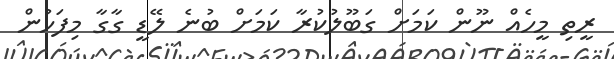
ރީތި މީހެއް ނޫން ކަމަށް ގަބޫލުކުރާ ކަމަށް ބުނެ ލޭޑީ ގާގާ މިފަހުން